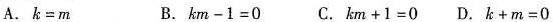
A.$$k = m$$ B.$$k m - 1 = 0$$ C.$$k m + 1 = 0$$ D.$$k + m = 0$$